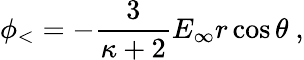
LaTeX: \phi_{<}=-{\frac{3}{\kappa+2}}E_{\infty}r\cos\theta\ ,